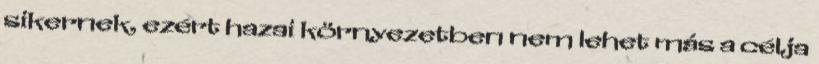
sikernek, ezért hazai környezetben nem lehet más a célja